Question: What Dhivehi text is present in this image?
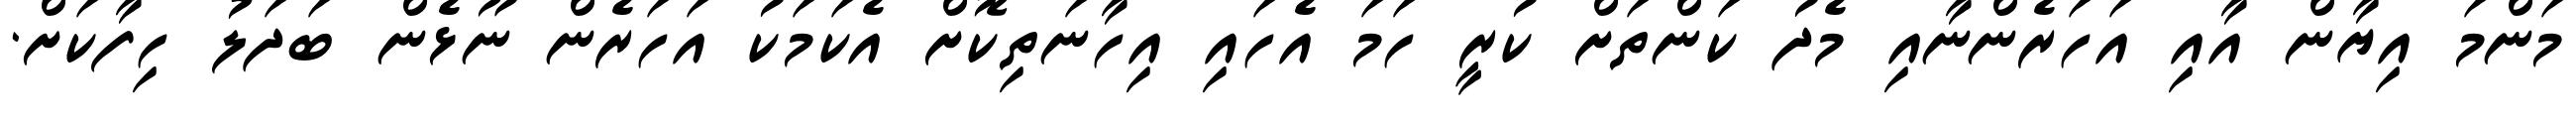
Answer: މަންމަ އިޔާން އާއި އަހަރެންނާއި މެދު ކަންތަށް ކުރީ ހަމަ އެހައި އިހާނަތިކޮށް އެކަމަކު އަހަރެން ނޫޅެން ބަދަލު ހިފާކަށް.